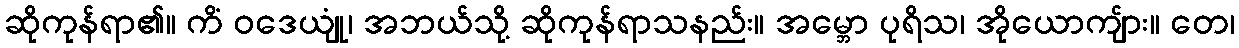
ဆိုကုန်ရာ၏။ ကိံ ဝဒေယျုံ၊ အဘယ်သို့ ဆိုကုန်ရာသနည်း။ အမ္ဘော ပုရိသ၊ အိုယောကျ်ား။ တေ၊